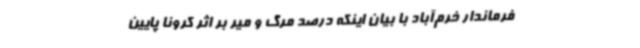
فرماندار خرم‌آباد با بیان اینکه درصد مرگ و میر بر اثر کرونا پایین